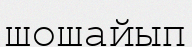
шошайып